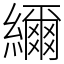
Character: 䌤